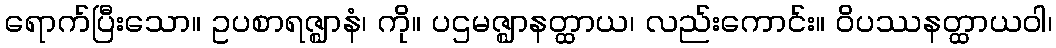
ရောက်ပြီးသော။ ဥပစာရဇ္ဈာနံ၊ ကို။ ပဌမဇ္ဈာနတ္ထာယ၊ လည်းကောင်း။ ဝိပဿနတ္ထာယဝါ၊